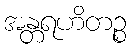
အန္တရဟိတဉ္စ